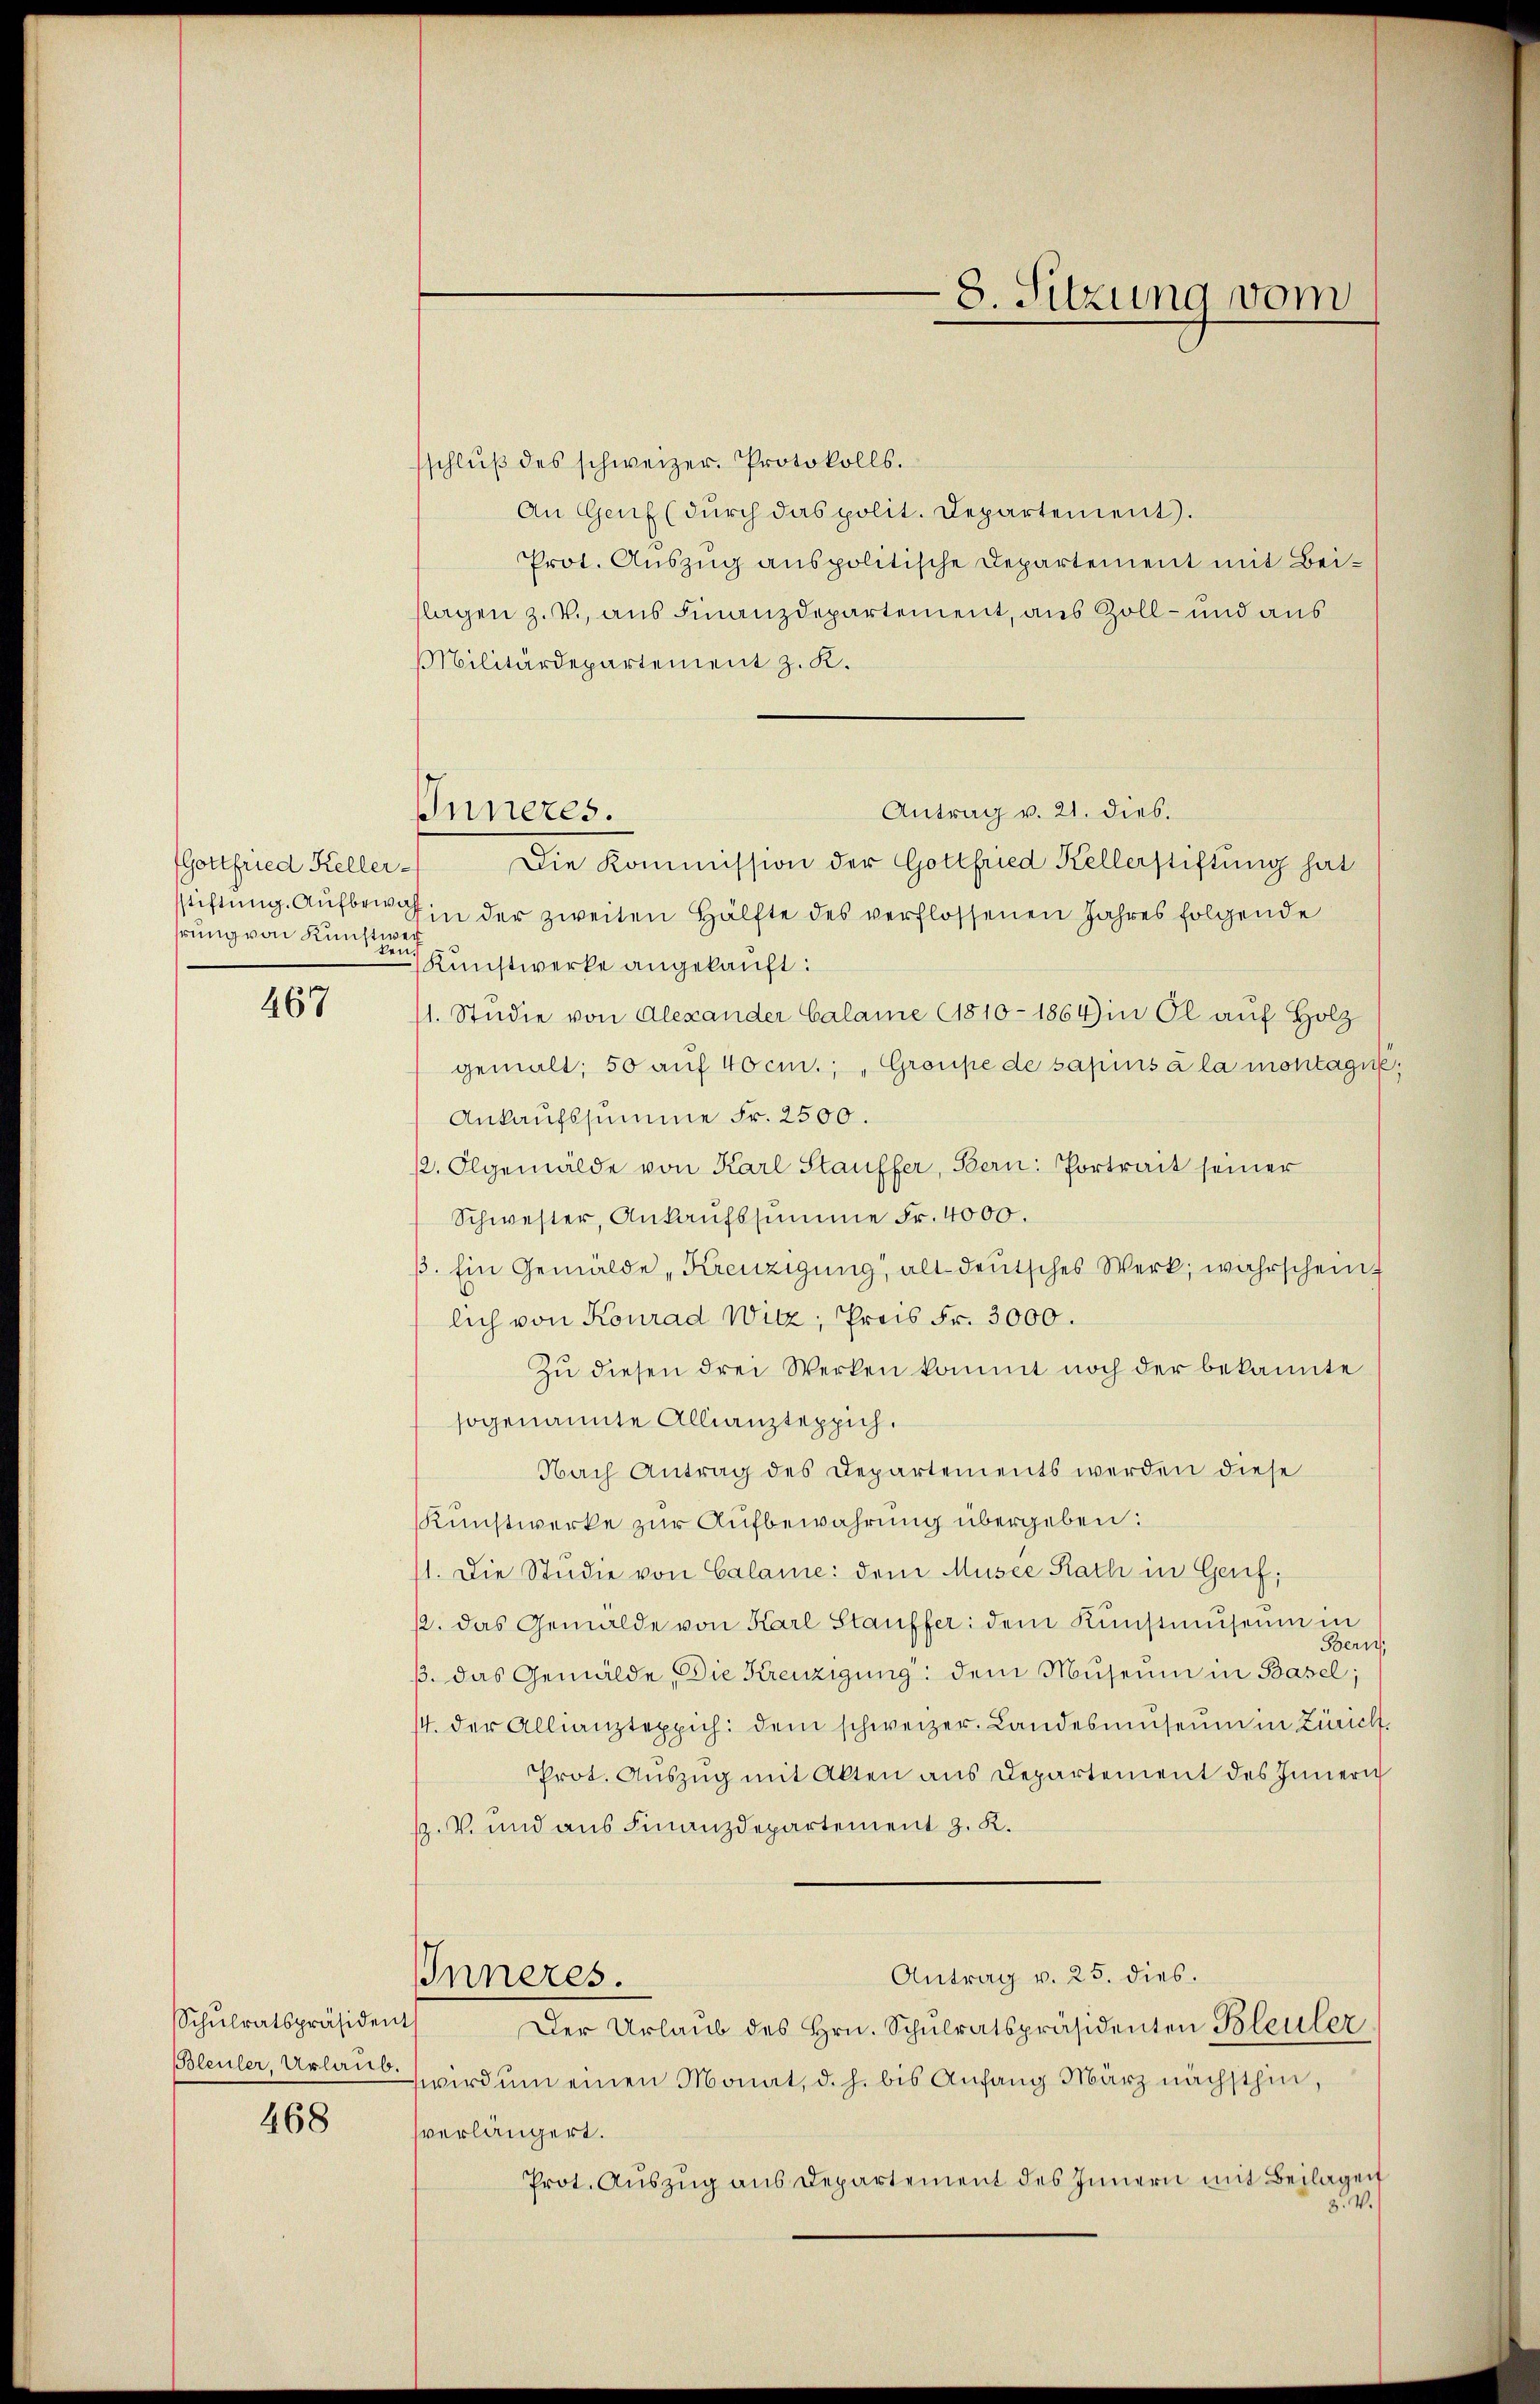
Gottfried Keller-
hrung von Kunstwei
ten

467

Schŭlratspräsident

468

sschlŭβ des schweizer. Protokolls.
An Genf (durch das polit. Departement).
Prot. Auszug anspolitische Departement mit Beiflagen z. V., aus Finanzdepartement, aus Zoll- und aus
Militärdepartement z. K.
Antrag v. 21. dies.
Die Kommission der Gottfried Kellerstiftung hat
sichtung. Aufbri in der zweiten Hälfte des verflossenen Jahres folgende
Kunstwerke angekauft:
11. Studie von Alexander Calame (1810 - 1864) in Ol auf Holz
gemalt; 50 auf 40 cm.;, Groupe de sapins à la montagie
Ankaufssumme Fr. 2500.
ß. Olgemälde von Karl Stauffer, Bern: Vortrait seiner
Schwester, Ankaufssumme Fr. 4000.
β. Ein Gemälde „Kreuzigŭng, altdeutsches Werk, wahrscheint
lich von Konrad Witz, Preis Fr. 3000.
Zu diesen drei Werken kommt noch der bekannte
sogenannte Allianzteppich.
Nach Antrag des Departements werden diese
Kunstwerke zur Aufbewahrung übergeben:
11. Die Studie von Calame: dem Musee Rath in Genf,
ß. das Gemälde von Karl Stauffer: dem Künstmuseum in
Bern,
β. das Gemälde, Die Kreuzigŭng: dem Museum in Basel;
/4. der Allianzteppich: dem schweizer. Landesmuseum in Zürich
Prot. Aŭszŭg mit Alten aus Departement des Innern
ß. V. und aus Finanzdepartement z. R.
Antrag v. 25. dies.
Inneres.
Der Urlaŭb des Hrn. Schŭlratspräsidenten Bleuler
Bleuler, Urlaut wird um einen Monat, d. h. bis Anfang März nächsthin,
sverlängert.
Prot. Auszug aus Departement des Innern mit Beilagen
8. V.

Inneres.

8. Sitzung vom